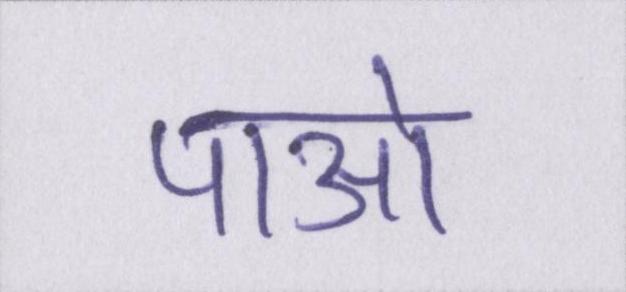
पाओ